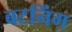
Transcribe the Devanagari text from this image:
बटनिंग